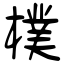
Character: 樸